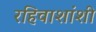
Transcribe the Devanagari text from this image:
रहिवाशांशी